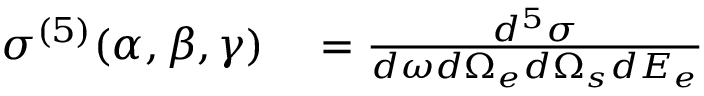
\begin{array} { r l } { \sigma ^ { ( 5 ) } ( \alpha , \beta , \gamma ) } & { { } = \frac { d ^ { 5 } \sigma } { d \omega d \Omega _ { e } d \Omega _ { s } d E _ { e } } } \end{array}